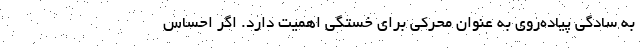
به سادگی پیاده‌روی به عنوان محرکی برای خستگی اهمیت دارد. اگر احساس